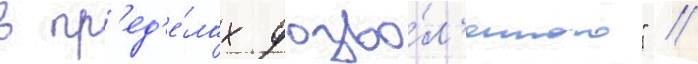
в пр'ед'е́лах дозво́л'енного" //